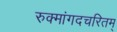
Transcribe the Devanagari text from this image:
रुक्मांगदचरितम्